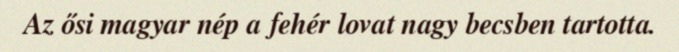
Az ősi magyar nép a fehér lovat nagy becsben tartotta.